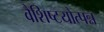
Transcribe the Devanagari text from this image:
वैशिष्टयोत्पन्न